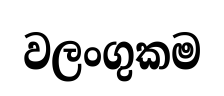
වලංගුකම